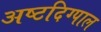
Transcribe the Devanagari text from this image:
अष्टदिग्पाल